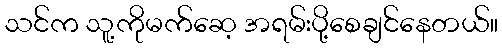
သင်က သူ့ကိုမက်ဆေ့ အရမ်းပို့စေချင်နေတယ်။